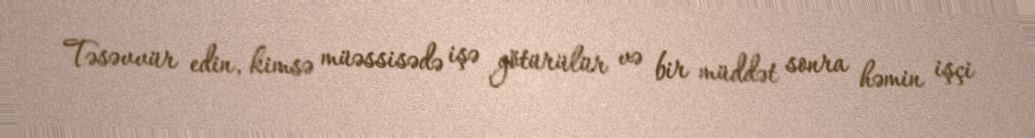
Təsəvvür edin, kimsə müəssisədə işə götürülür və bir müddət sonra həmin işçi